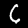
Label: 6